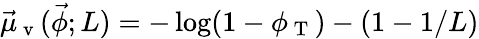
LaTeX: \vec{\mu}_{\mathrm{~v~}}(\vec{\phi};L)=-\log(1-\phi_{\mathrm{~T~}})-(1-1/L)